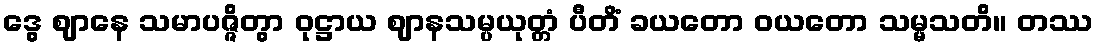
ဒွေ ဈာနေ သမာပဇ္ဇိတွာ ဝုဋ္ဌာယ ဈာနသမ္ပယုတ္တံ ပီတိံ ခယတော ဝယတော သမ္မသတိ။ တဿ